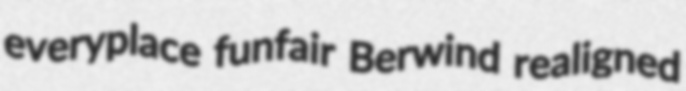
everyplace funfair Berwind realigned